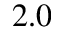
2 . 0